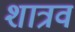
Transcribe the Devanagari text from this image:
शात्रवं